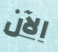
الآن